Vaccination in Bombay 1856-1862 - 1856-1862
Year: 1856
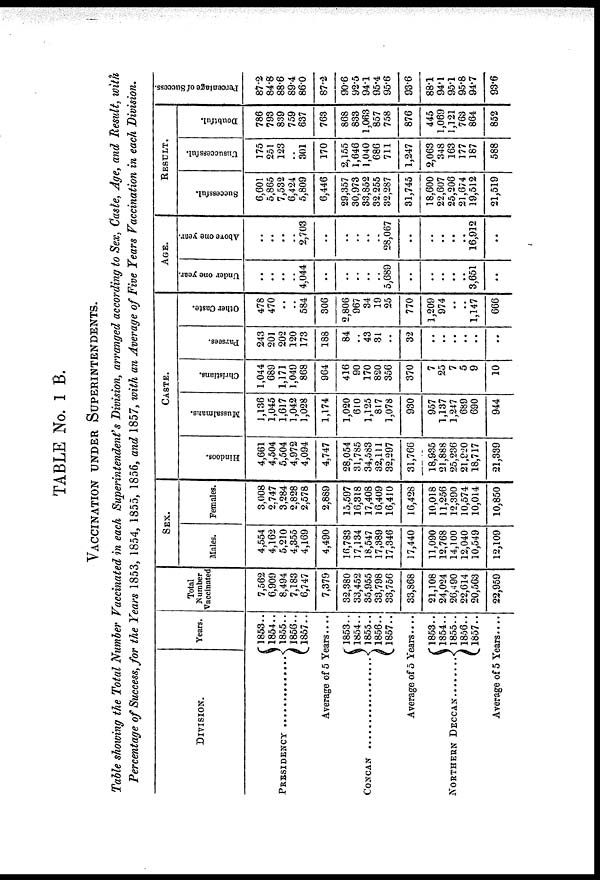
TABLE No. 1 B.
VACCINATION UNDER SUPERINTENDENTS.
Table showing the Total Number Vaccinated in each Superintendent's Division, arranged according to Sex, Caste, Age, and Result, with
Percentage of Success, for the Years 1853, 1854, 1855, 1856, and 1857, with an Average of Five Years Vaccination in each Division.
DIVISION.
PRESIDENCY ................
Years.
1853..
1854..
1855..
1856..
1857..
Average of 5 Years....
CONCAN ......................
1853..
1854..
1855..
1856..
1857..
Average of 5 Years....
NORTHERN DECCAN ........ 1853..
1854..
1855..
1856..
1857..
Average of 5 Years....
Total
Number
Vaccinated
7,562
6,909
8,494
7,183
6,747
7,379
32,380
33,452
35,955
33,798
33,756
33,868
21,108
24,024
26,490
22,614
20,563
22,959
SEX.
Males.
4,554
4,162
5,210
4,355
4,169
4,490
16,783
17,134
18,547
17,389
17,346
17,440
11,090
12,768
14,100
12,040
10,549
12,109
Females.
3,008
2,747
3,284
2,828
2,578
2,889
15,597
16,318
17,408
16,409
16,410
16,428
10,018
11,256
12,390
10,574
10,014
10,850
CASTE.
Hindoos.
4,661
4,504
5,504
4,972
4,094
4,747
28,054
31,785
34,583
32,111
32,297
31,766
18,935
21,888
25,236
21,920
18,717
21,339
Mussalmans.
1,136
1,045
1,617
1,042
1,028
1,174
1,020
610
1,125
817
1,078
930
957
1,137
1,247
689
690
944
Christians.
1,044
689
1,171
1,049
868
964
416
90
170
820
356
370
7
25
7
5
9
10
Parsees.
243
201
202
120
173
188
84
..
43
31
..
32
..
..
..
..
..
..
Other Caste.
478
470
..
..
584
306
2,806
967
34
19
25
770
1,209
974
..
..
1,147
666
AGE.
Under one year.
..
..
..
..
4,044
..
..
..
..
..
5,689
..
..
..
..
..
3,651
..
Above one year.
..
..
..
..
2,703
..
..
..
..
..
28,067
..
..
..
..
..
16,912
..
RESULT.
Successful.
6,601
5,865
7,532
6,424
5,809
6,446
29,357
30,973
33,852
32,255
32,287
31,745
18,600
22,607
25,206
21,674
19,512
21,519
Unsuccessful.
175
251
123
..
301
170
2,155
1,646
1,040
686
711
1,247
2,063
348
163
177
187
588
Doubtful.
786
793
839
759
637
763
868
833
1,063
857
758
876
445
1,069
1,121
763
864
852
Percentage of Success.
87.2
84.8
88.6
89.4
86.0
87.2
90.6
92.5
94.1
95.4
95.6
93.6
88.1
94.1
95.1
95.8
94.7
93.6